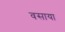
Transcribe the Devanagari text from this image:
वसाया